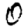
Digit: 0